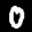
Label: 0